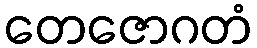
တေဇောဂတံ